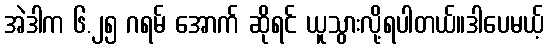
အဲဒါက ၆.၂၅ ဂရမ် အောက် ဆိုရင် ယူသွားလို့ရပါတယ်။ဒါပေမယ့်